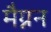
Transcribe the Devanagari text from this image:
मैग्नन